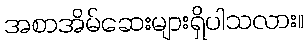
အစာအိမ်ဆေးများရှိပါသလား။